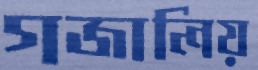
গজালিয়